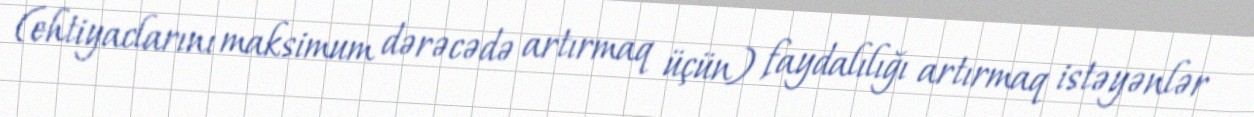
(ehtiyaclarını maksimum dərəcədə artırmaq üçün) faydalılığı artırmaq istəyənlər